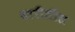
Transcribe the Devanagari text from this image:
वारीतील